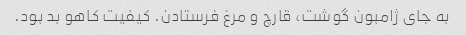
به جای ژامبون گوشت، قارچ و مرغ فرستادن. کیفیت کاهو بد بود.